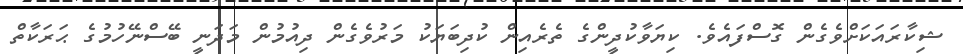
ޝިކާރައަކަށްވެގެން ގޮސްފައެވެ. ކިޔަވާކުދީންގެ ތެރެއިން ކުދިބަޔަކު މަރުވެގެން ދިއުމުން މަދަނީ ބޭސްނޭހުމުގެ ޙަރަކާތް